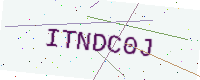
Text: ITNDC0J